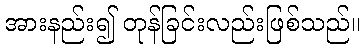
အားနည်း၍ တုန်ခြင်းလည်းဖြစ်သည်။